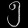
Digit: ၅